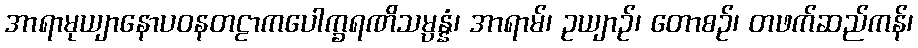
အာရာမုယျာနောပဝနတဠာကပေါက္ခရဏိသမ္ပန္နံ၊ အာရာမ်၊ ဥယျာဉ်၊ တောစဉ်၊ တဖက်ဆည်ကန်၊